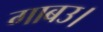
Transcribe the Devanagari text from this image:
गाबउ।